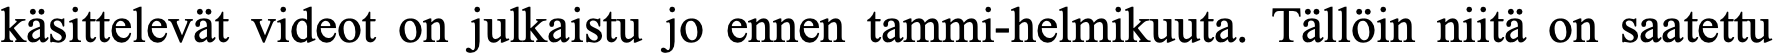
käsittelevät videot on julkaistu jo ennen tammi-helmikuuta. Tällöin niitä on saatettu